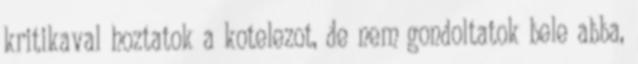
kritikaval hoztatok a kotelezot, de nem gondoltatok bele abba,